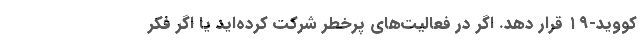
کووید-۱۹ قرار دهد. اگر در فعالیت‌های پرخطر شرکت کرده‌اید یا اگر فکر